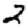
Digit: 2